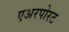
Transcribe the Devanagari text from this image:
एअरपोरट